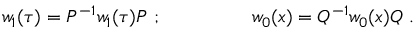
w _ { 1 } ( \tau ) = P ^ { - 1 } w _ { 1 } ( \tau ) P ~ ; ~ ~ ~ ~ ~ ~ ~ ~ ~ ~ ~ ~ ~ ~ w _ { 0 } ( x ) = Q ^ { - 1 } w _ { 0 } ( x ) Q ~ .